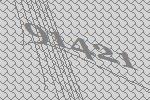
91421